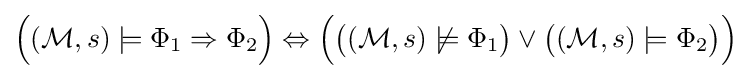
{\Big (}({\mathcal {M}},s)\models \Phi _{1}\Rightarrow \Phi _{2}{\Big )}\Leftrightarrow {\Big (}{\big (}({\mathcal {M}},s)\not \models \Phi _{1}{\big )}\lor {\big (}({\mathcal {M}},s)\models \Phi _{2}{\big )}{\Big )}